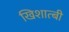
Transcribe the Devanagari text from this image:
खिशात्बी